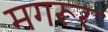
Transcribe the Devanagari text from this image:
मगरूर